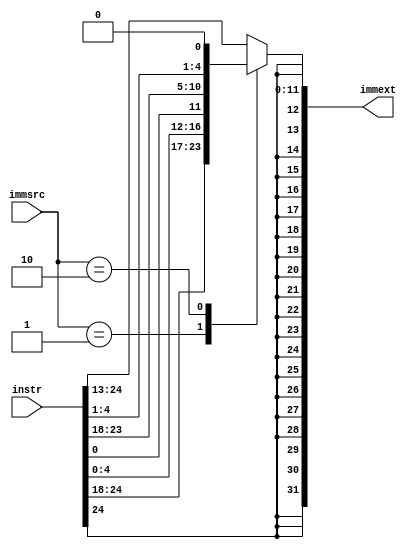
module sign_extend(
  input [1:0] immsrc,
  input [31:7] instr, //(rd)
  output reg [31:0] immext
);
  always @(*) begin
    case (immsrc)
      2'b00 : immext = {{20{instr[31]}},instr[31:20]};
      2'b01 : immext = {{20{instr[31]}},instr[31:25],instr[11:7]};
      2'b10 : immext = {{20{instr[31]}},instr[7],instr[30:25],instr[11:8],1'b0};
      default : immext = {{20{instr[31]}}, instr[31:20]};
    endcase
  end
endmodule